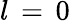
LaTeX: l\, =\, 0